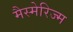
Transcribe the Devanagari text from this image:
मैस्मेरिज्म